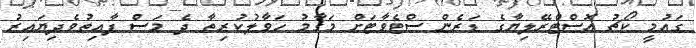
ގައުމީ ކޯޗު އޮސްޓްރޭލިޔާގެ ޑަރެން ސްޓެވާޓަށް މަގާމު ހަވާލުކުރިތާ ދެ މަސް ފާއިތުވެދިޔައިރު